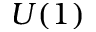
U ( 1 )